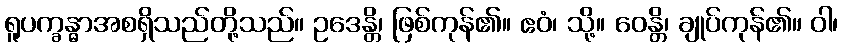
ရူပက္ခန္ဓာအစရှိသည်တို့သည်။ ဥဒေန္တိ၊ ဖြစ်ကုန်၏။ ဧဝံ၊ သို့။ ဝေန္တိ၊ ချုပ်ကုန်၏။ ဝါ၊